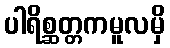
ပါရိစ္ဆတ္တကမူလမှိ